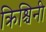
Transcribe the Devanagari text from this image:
क्रिश्चिनी